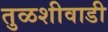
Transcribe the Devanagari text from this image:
तुळशीवाडी